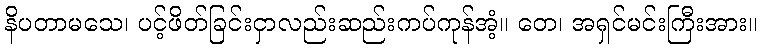
နိပတာမသေ၊ ပင့်ဖိတ်ခြင်းငှာလည်းဆည်းကပ်ကုန်အံ့။ တေ၊ အရှင်မင်းကြီးအား။